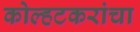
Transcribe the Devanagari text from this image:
कोल्हटकरांचा